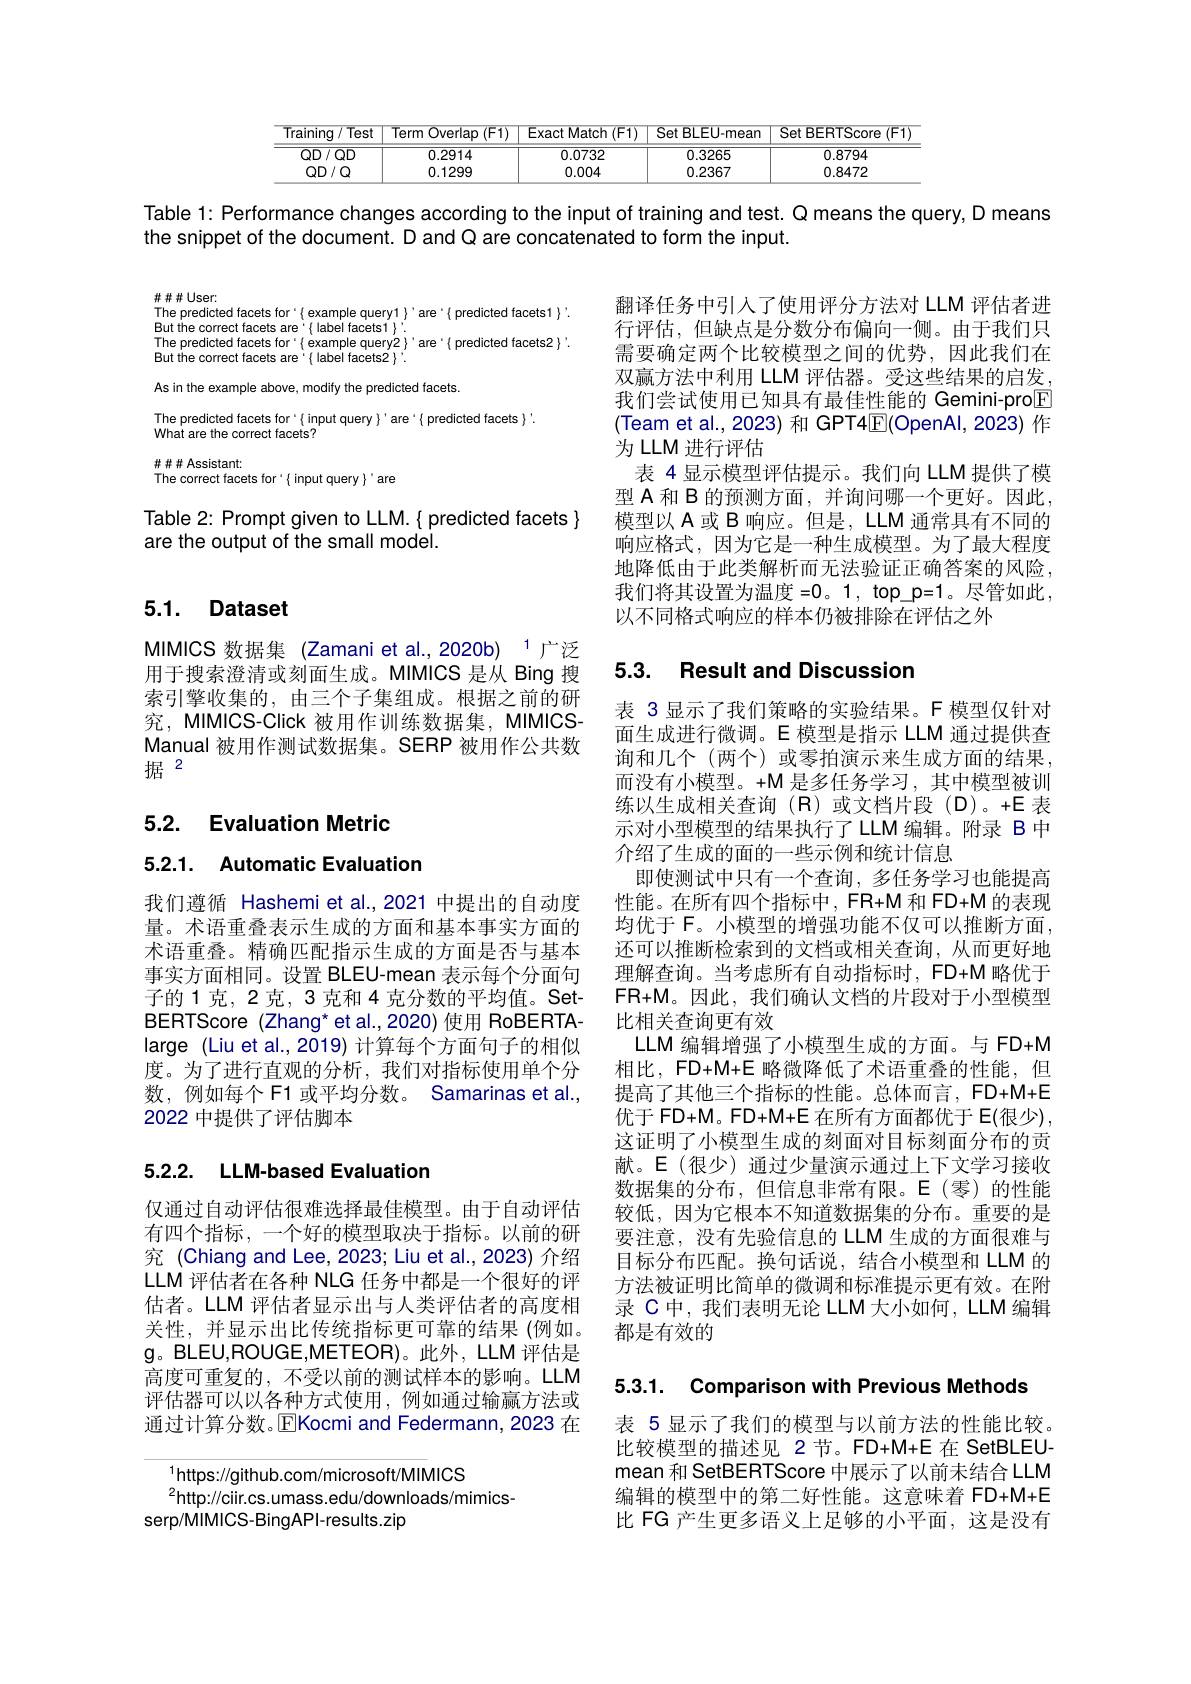
<table>
	<tbody>
		<tr>
			<th>Training $y/Test$</th>
			<th>Term Overlap $(\mathsf{F1})$</th>
			<th>Exact Match $\overline{(\mathrm{F1})}$</th>
			<th>Set BLEU-mean</th>
			<th>Set BERTScore (F1</th>
		</tr>
		<tr>
			<td>$QD/QD$</td>
			<td>0.2914</td>
			<td>0.0732</td>
			<td>0.3265</td>
			<td>0.8794</td>
		</tr>
		<tr>
			<td>$QD/Q$</td>
			<td>0.1299</td>
			<td>0.004</td>
			<td>0.2367</td>
			<td>0.8472</td>
		</tr>
	</tbody>
</table>

Table 1: Performance changes according to the input of training and test. Q means the query, D means
the snippet of the document. D and Q are concatenated to form the input.

$\#\#\#User:$
The predicted facets for'{ example query1}'are'{ predicted facets1}'.
But the correct facets are'{label facets1}'
The predicted facets for'( example query2)'are'( predicted facets2 }'.
But the correct facets are' { label facets2}'
As in the example above, modify the predicted facets.
The predicted facets for'{ input query}'are'{ predicted facets }'.
What are the correct facets?
$\#\#\#$ Assistant:
The correct facets for i{ input query }'are

Table 2: Prompt given to LLM. { predicted facets }
are the output of the small model.

### 5.1. Dataset

MIMICS 数据集 (Zamani et al.,2020b) $^{-1}$广泛用于搜索澄清或刻面生成。MIMICS 是从 Bing 搜索引擎收集的，由三个子集组成。根据之前的研究，MIMICS-Click 被用作训练数据集，MIMICSManual 被用作测试数据集。SERP 被用作公共数据$^{2}$

5.2. Evaluation Metric

5.2.1. Automatic Evaluation

我们遵循 Hashemi et al.,2021 中提出的自动度量。术语重叠表示生成的方面和基本事实方面的术语重叠。精确匹配指示生成的方面是否与基本事实方面相同。设置 BLEU-mean 表示每个分面句子的1克，2克，3克和4克分数的平均值。SetBERTScore (Zhang* et al.,2020) 使用 RoBERTAlarge (Liu et al., 2019) 计算每个方面句子的相似度。为了进行直观的分析，我们对指标使用单个分数，例如每个 F1 或平均分数。Samarinas et al., 2022 中提供了评估脚本

## 5.2.2. LLM-based Evaluation

仅通过自动评估很难选择最佳模型。由于自动评估有四个指标，一个好的模型取决于指标。以前的研究 (Chiang and Lee, 2023; Liu et al., 2023) 介绍LLM 评估者在各种 NLG 任务中都是一个很好的评估者。LLM 评估者显示出与人类评估者的高度相关性，并显示出比传统指标更可靠的结果(例如。$\mathfrak{g}$。BLEU,ROUGE,METEOR)。此外，LLM 评估是高度可重复的，不受以前的测试样本的影响。LLM 评估器可以以各种方式使用，例如通过输赢方法或通过计算分数。EKocmi and Federmann, 2023 在

$^{1}$https://github.com/microsoft/MIMICS
$^2$http://ciir.cs.umass.edu/downloads/mimics-
serp/MilMICS-BingAPI-results.zip

翻译任务中引人了使用评分方法对 LLM 评估者进行评估，但缺点是分数分布偏向一侧。由于我们只需要确定两个比较模型之间的优势，因此我们在双赢方法中利用 LLM 评估器。受这些结果的启发， 我们尝试使用已知具有最佳性能的 Gemini-pro$\underline{\mathrm{F}}$ (Team et al., 2023) 和 GPT4$\mathbb{E}($OpenAl, 2023) 作为 LLM 进行评估
表 4 显示模型评估提示。我们向 LLM 提供了模型 A 和 B 的预测方面，并询问哪一个更好。因此， 模型以 A 或 B 响应。但是，LLM 通常具有不同的响应格式，因为它是一种生成模型。为了最大程度地降低由于此类解析而无法验证正确答案的风险， 我们将其设置为温度 =0。1, top\_p=1。尽管如此， 以不同格式响应的样本仍被排除在评估之外

## 5.3. Result and Discussion

表 3 显示了我们策略的实验结果。F 模型仅针对面生成进行微调。E 模型是指示 LLM 通过提供查询和几个(两个)或零拍演示来生成方面的结果， 而没有小模型。+M 是多任务学习，其中模型被训练以生成相关查询(R)或文档片段(D)。+E 表示对小型模型的结果执行了LLM 编辑。附录 B 中介绍了生成的面的一些示例和统计信息
即使测试中只有一个查询，多任务学习也能提高性能。在所有四个指标中，FR+M 和 FD+M 的表现均优于 F。小模型的增强功能不仅可以推断方面， 还可以推断检索到的文档或相关查询，从而更好地理解查询。当考虑所有自动指标时，FD+M 略优于FR+ M。因 此 , 我 们 确 认 文 档 的 片 段 对 于 小 型 模 型 比相关查询更有效
LLM 编辑增强了小模型生成的方面。与 FD+M 相比，FD+M+E 略微降低了术语重叠的性能，但提高了其他三个指标的性能。总体而言，FD+M+E 优于 FD+M。FD+M+E 在所有方面都优于 E(很少), 这证明了小模型生成的刻面对目标刻面分布的贡献。E(很少)通过少量演示通过上下文学习接收数据集的分布，但信息非常有限。$\mathcal{E}($零)的性能较低，因为它根本不知道数据集的分布。重要的是要注意，没有先验信息的 LLM 生成的方面很难与目标分布匹配。换句话说，结合小模型和 LLM 的方法被证明比简单的微调和标准提示更有效。在附录 C中，我们表明无论 LLM 大小如何，LLM 编辑都是有效的

5.3.1. Comparison with Previous Methods

表 5 显示了我们的模型与以前方法的性能比较。比较模型的描述见 2 节。FD+M+E 在 SetBLEUmean 和 SetBERTScore 中展示了以前未结合 LLM 编辑的模型中的第二好性能。这意味着 FD+M+E 比 FG 产生更多语义上足够的小平面，这是没有